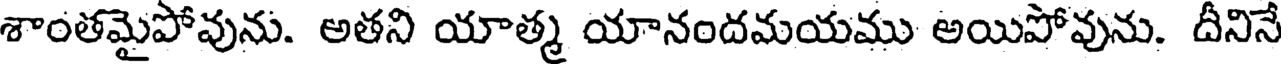
శాంతమైపోవును. అతని యాత్మ యానందమయము అయిపోవును. దీనినే